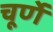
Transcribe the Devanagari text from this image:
चूर्णे